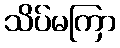
သိပ်မကြာ